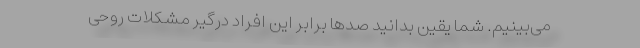
می‌بینیم. شما یقین بدانید صدها برابر این افراد درگیر مشکلات روحی